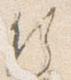
行